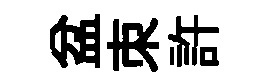
盆朿許